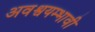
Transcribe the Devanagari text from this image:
अवश्वयम्भावी